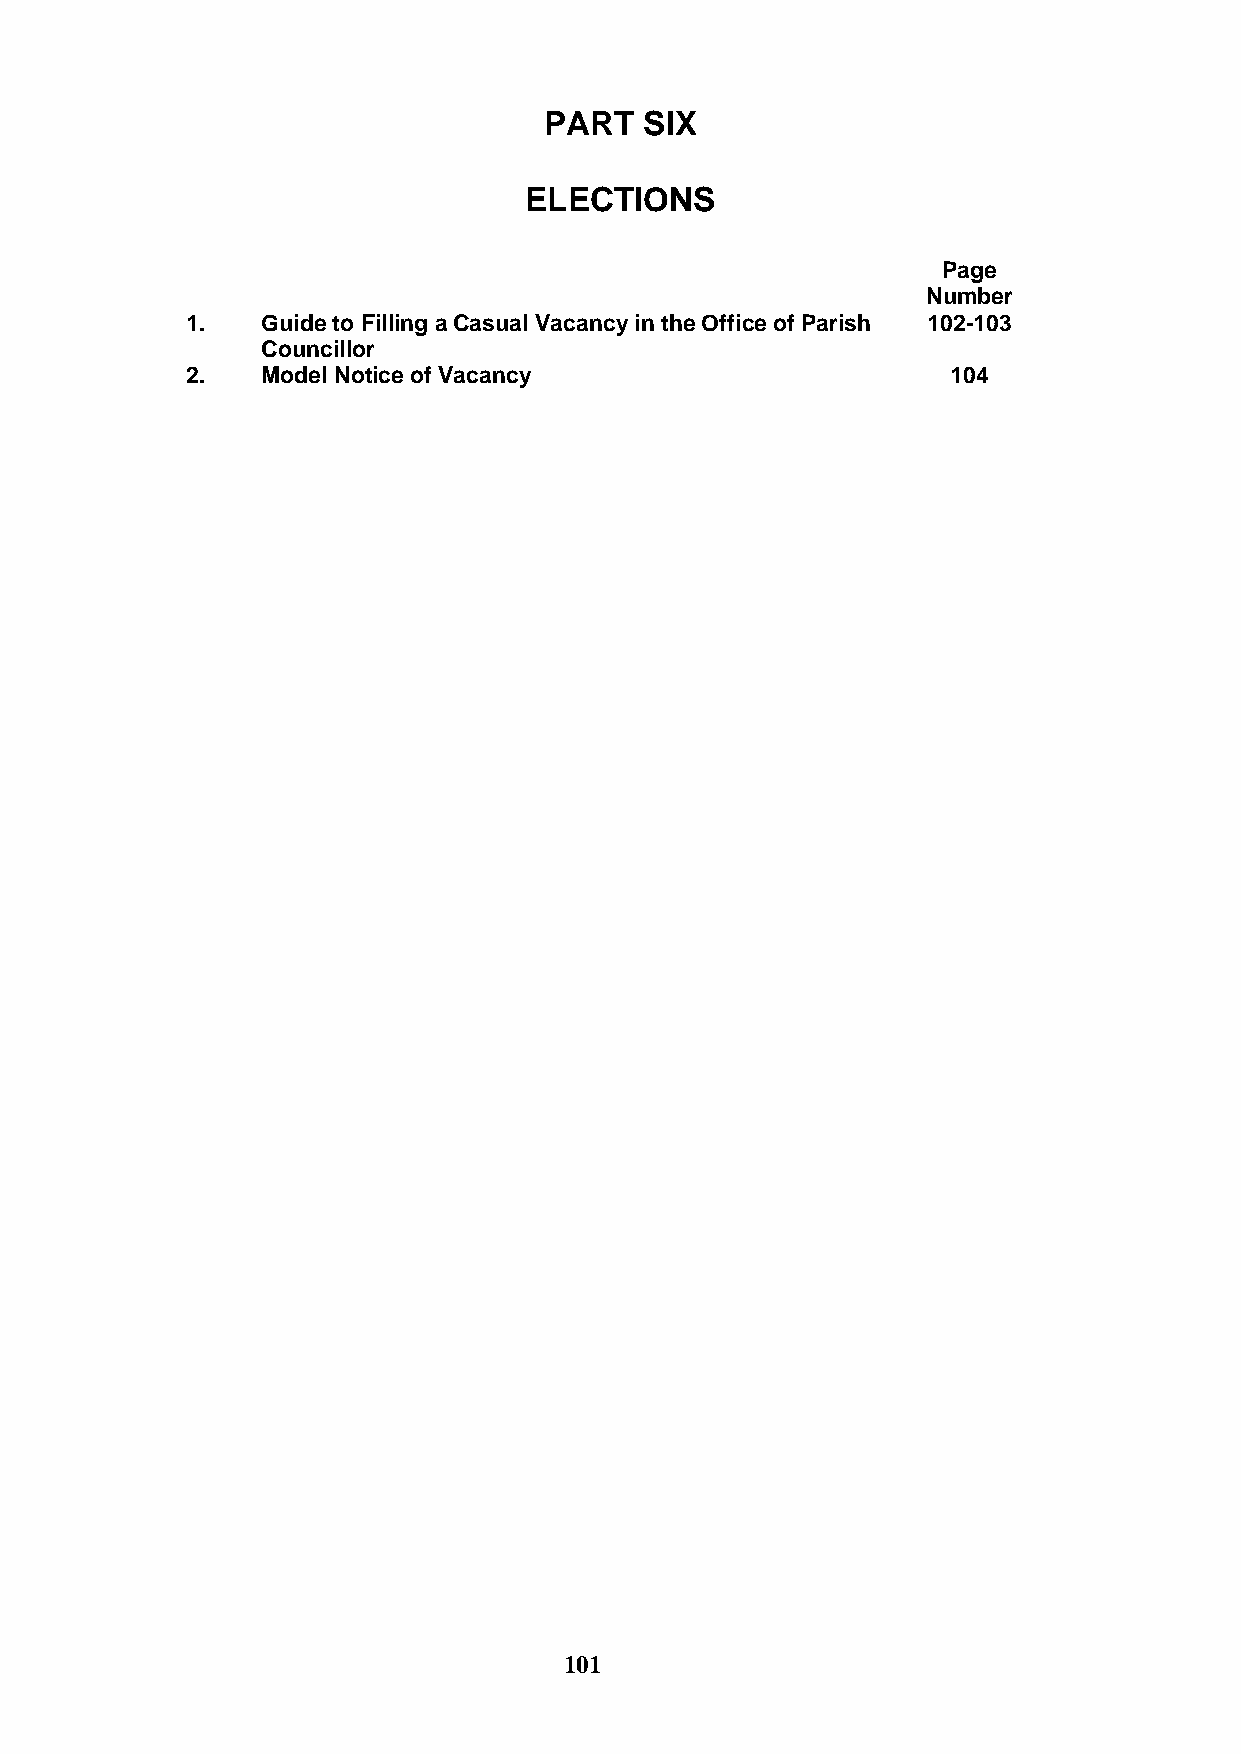
PART   SIX
 ELECTIONS
 Page
 Number
 1.   Guide to Filling a Casual Vacancy in the Office of Parish 102-103
 Councillor
 2.   Model Notice of Vacancy                       104
 101